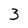
Character: 3